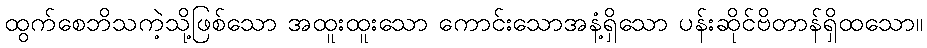
ထွက်စေဘိသကဲ့သို့ဖြစ်သော အထူးထူးသော ကောင်းသောအနံ့ရှိသော ပန်းဆိုင်ဗိတာန်ရှိထသော။